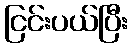
ငြင်းပယ်ပြီး